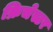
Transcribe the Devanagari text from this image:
क्रिचेस्टर